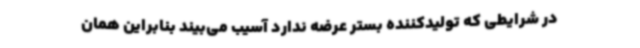
در شرایطی که تولیدکننده بستر عرضه ندارد آسیب می‌بیند بنابراین همان